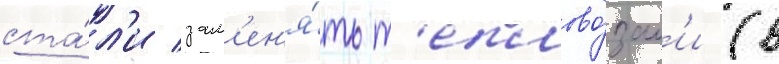
ста́л'и зам'ен'я́ть т'еплово́зам'и (в